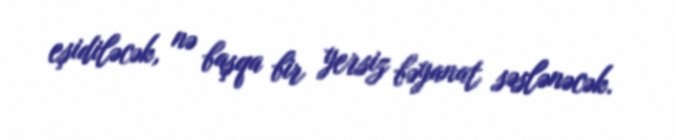
eşidiləcək, nə başqa bir yersiz bəyanat səslənəcək.